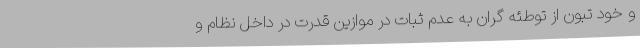
و خود تبون از توطئه گران به عدم ثبات در موازین قدرت در داخل نظام و